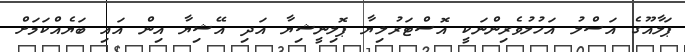
ޕަލާއޫގެ އަސްލު އަހުލުވެރިންނަކީ އޮސްޓަރުލިޔާ ޕޮލިނީޝިޔާ އަދި އޭޝިޔާ އިން އައި ބަޔެއްކަމަށް